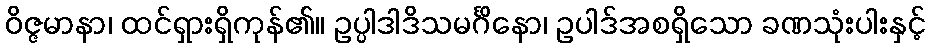
ဝိဇ္ဇမာနာ၊ ထင်ရှားရှိကုန်၏။ ဥပ္ပါဒါဒိသမင်္ဂိနော၊ ဥပါဒ်အစရှိသော ခဏသုံးပါးနှင့်